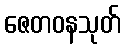
ဇေတဝနသုတ်